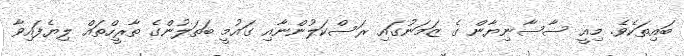
ބައިތަކެވެ. މިއީ ސާސާނިޔާން ގެ ޒަމަނުގައި ރަސްކަލުންނާއި ގައުމީ ބަތަލުންގެ ތާރީހްތައް ލިޔެފައިވާ